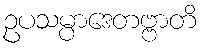
ဥပသမ္ပာဒေတဗ္ဗာတိ